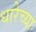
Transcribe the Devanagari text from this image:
धारेच्या